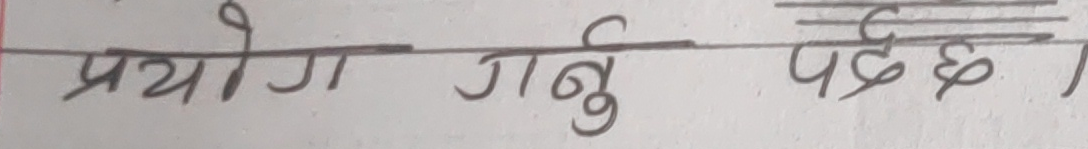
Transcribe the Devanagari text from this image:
प्रयोग गर्नु पर्छ ।